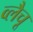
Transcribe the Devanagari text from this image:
व्लैचू